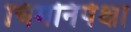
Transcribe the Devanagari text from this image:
चिमनिपेक्षा